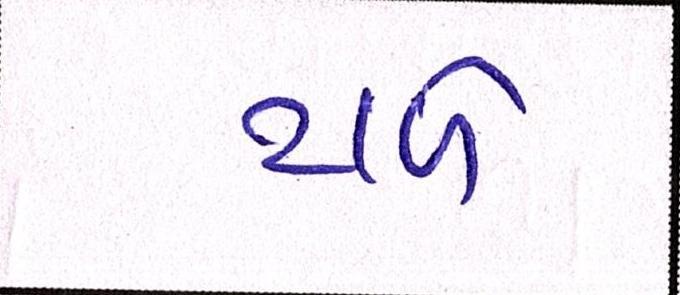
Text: ટાળે